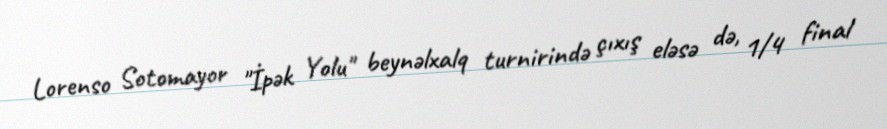
Lorenso Sotomayor "İpək Yolu" beynəlxalq turnirində çıxış eləsə də, 1/4 final